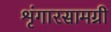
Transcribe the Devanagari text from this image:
शृंगारसामग्री